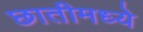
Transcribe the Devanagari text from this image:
छातीमध्ये